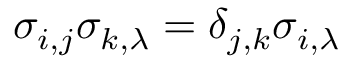
\sigma _ { i , j } \sigma _ { k , \lambda } = \delta _ { j , k } \sigma _ { i , \lambda }